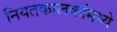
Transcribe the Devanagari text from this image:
नियतकालकांमध्ये